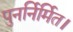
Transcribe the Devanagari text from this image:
पुनर्निर्मित।